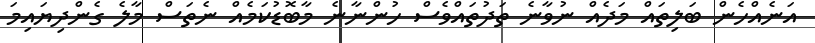
އަނެއްހެން ބަލިތައް މަދެއް ނުވާނެ ތަދުތައްވެސް ހުންނާނެ މާބޮޑުކަމެއް ނެތަސް މާލެ ގެންދިޔައިމަ